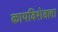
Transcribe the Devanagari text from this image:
कायबिशेवला